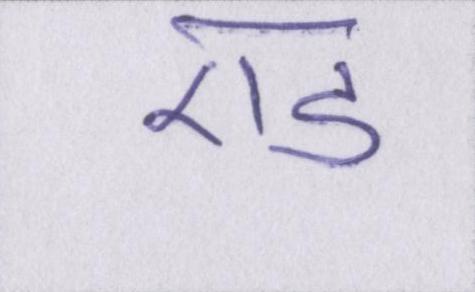
एड